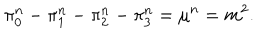
LaTeX: \pi _ { 0 } ^ { n } - \pi _ { 1 } ^ { n } - \pi _ { 2 } ^ { n } - \pi _ { 3 } ^ { n } = \mu ^ { n } = m ^ { 2 } .